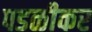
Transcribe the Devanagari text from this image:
पडळीकर